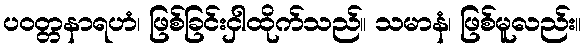
ပဝတ္တနာရဟံ၊ ဖြစ်ခြင်းငှါထိုက်သည်။ သမာနံ၊ ဖြစ်မူလည်း။